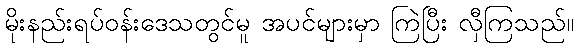
မိုးနည်းရပ်ဝန်းဒေသတွင်မူ အပင်များမှာ ကြဲပြီး လှီကြသည်။